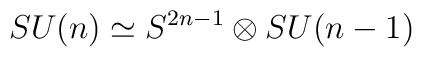
SU(n) \simeq S^{2 n - 1} \otimes SU(n - 1)